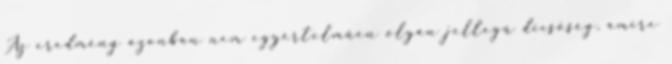
Az eredmény azonban nem egyértelműen olyan jellegű dicsőség, amire